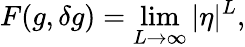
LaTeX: F(g,\delta g)=\operatorname*{lim}_{L\rightarrow\infty}|\eta|^{L},